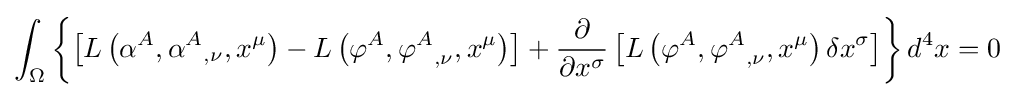
\int _{\Omega }\left\{\left[L\left(\alpha ^{A},{\alpha ^{A}}_{,\nu },x^{\mu }\right)-L\left(\varphi ^{A},{\varphi ^{A}}_{,\nu },x^{\mu }\right)\right]+{\frac {\partial }{\partial x^{\sigma }}}\left[L\left(\varphi ^{A},{\varphi ^{A}}_{,\nu },x^{\mu }\right)\delta x^{\sigma }\right]\right\}d^{4}x=0